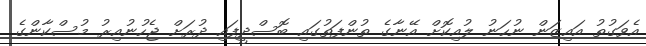
އެވަގުތު އައިޒަން ނުހަނު ލުއިކޮށް އޭނާގެ ތުންފަތުގައި ބޮސްދީފައި ދުރަށް ޖެހުނުއިރު މުސްކާންގެ